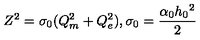
Z ^ { 2 } = \sigma _ { 0 } ( Q _ { m } ^ { 2 } + Q _ { e } ^ { 2 } ) , \sigma _ { 0 } = \frac { \alpha _ { 0 } h _ { 0 } { } ^ { 2 } } { 2 }